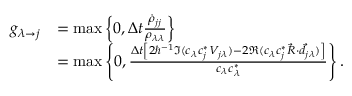
\begin{array} { r l } { g _ { \lambda \rightarrow j } } & { = \operatorname* { m a x } \left\{ 0 , \Delta t \frac { \dot { \rho } _ { j j } } { \rho _ { \lambda \lambda } } \right\} } \\ & { = \operatorname* { m a x } \left\{ 0 , \frac { \Delta t \left[ 2 \hbar ^ { - 1 } \Im ( c _ { \lambda } c _ { j } ^ { * } V _ { j \lambda } ) - 2 \Re ( c _ { \lambda } c _ { j } ^ { * } \vec { R } \cdot \vec { d } _ { j \lambda } ) \right] } { c _ { \lambda } c _ { \lambda } ^ { * } } \right\} . } \end{array}